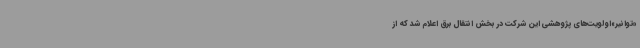
«توانیر»اولویت‌های پژوهشی این شرکت در بخش انتقال برق اعلام شد که از